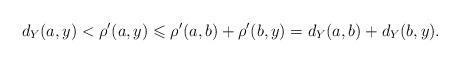
LaTeX: \begin{align*}d_Y(a,y)<\rho'(a,y)\leqslant\rho'(a,b)+\rho'(b,y)=d_Y(a,b)+d_Y(b,y).\end{align*}